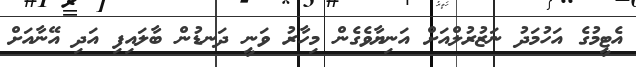
އެޓީމުގެ އަހުމަދު ނަޒުރުލްއަށް އަނިޔާވެގެން މިހާރު ވަނީ ދަނޑުން ބާލައިފި އަދި އޭނާއަށް